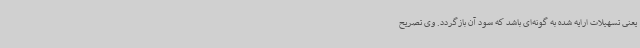
یعنی تسهیلات ارایه شده به گونه‌ای باشد که سود آن بازگردد. وی تصریح